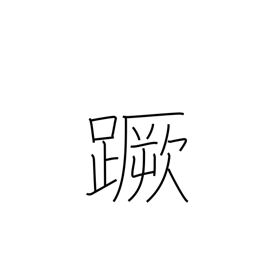
Meaning: stumble